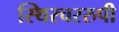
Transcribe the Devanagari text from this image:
स्थिरचररुपी